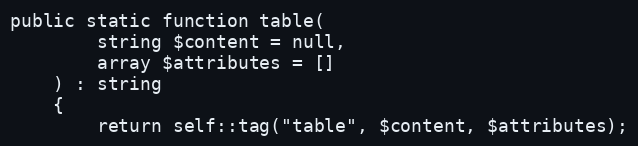
Language: PHP
public static function table(
        string $content = null,
        array $attributes = []
    ) : string
    {
        return self::tag("table", $content, $attributes);